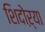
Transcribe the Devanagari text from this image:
शिदोऱ्या